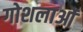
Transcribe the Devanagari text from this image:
गोशलाओं